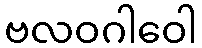
ဗလဝဂါဝေါ